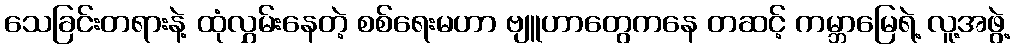
သေခြင်းတရားနဲ့ ထုံလွှမ်းနေတဲ့ စစ်ရေးမဟာ ဗျူဟာတွေကနေ တဆင့် ကမ္ဘာမြေရဲ့ လူ့အဖွဲ့